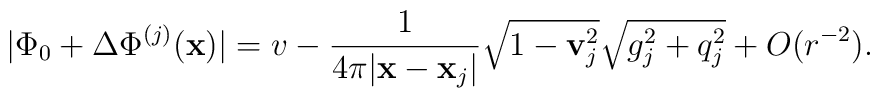
|\Phi_0  + \Delta\Phi^{(j)}({\bf x})| = v- \frac{1}{4\pi |{\bf x}-{\bf x}_j|} \sqrt{1- {\bf v}_j^2} \sqrt{g_j^2 +q_j^2}+ O(r^{-2}) .